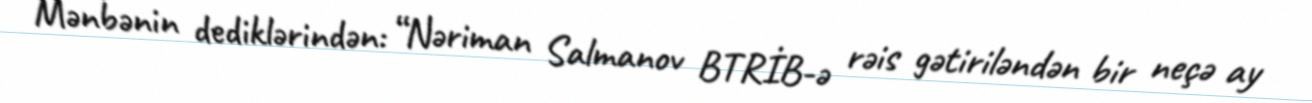
Mənbənin dediklərindən: “Nəriman Salmanov BTRİB-ə rəis gətiriləndən bir neçə ay